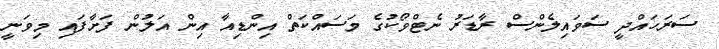
ސަރަހައްދީ ސަވައިލެންސް ރާޑަރު ނެޓްވޯކުގެ މަސައްކަތް އިންޑިއާ އިން އަލުން ފަށާފައި މިވަނީ